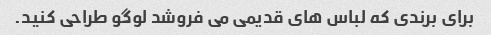
برای برندی که لباس های قدیمی می فروشد لوگو طراحی کنید.